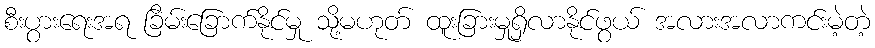
စီးပွားရေးအရ ခြိမ်းခြောက်နိုင်မှု သို့မဟုတ် ထူးခြားမှုရှိလာနိုင်ဖွယ် အလားအလာကင်းမဲ့တဲ့